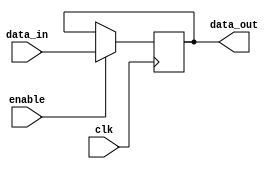
module data_enable_latch (

input wire clk, // Clock signal
input wire enable, // Enable signal
input wire data_in, // Input data
output reg data_out // Output data
);

always @(posedge clk) begin
    if (enable) begin
        data_out <= data_in;
    end
end

endmodule